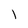
Character: 1